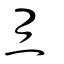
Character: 炙